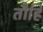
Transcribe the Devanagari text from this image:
तौहि